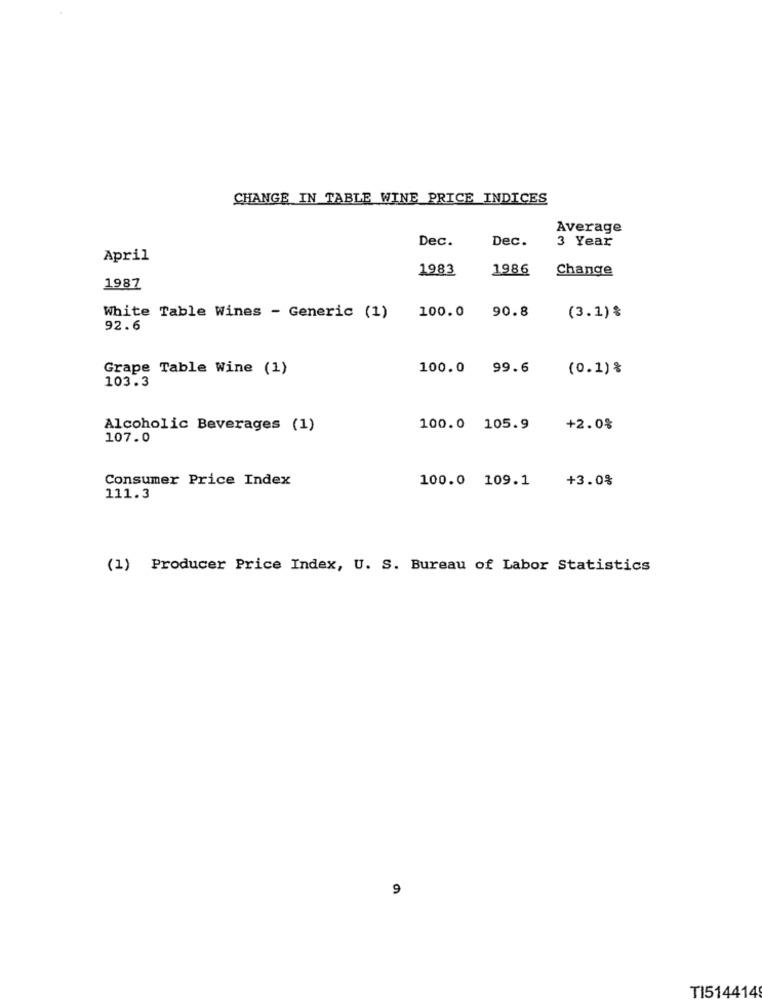
CHANGE IN TABLE WINE PRICE INDICES
Average
Dec.
Dec.
3 Year
April
1983
1986
Change
1987
100.0 90.8
White Table Wines - Generic (1)
(3.1)%
92.6
Grape Table Wine (1)
100.0 99.6
(0.1) %
103.3
Alcoholic Beverages (1)
100.0 105.9
+2.0%
107.0
Consumer Price Index
100.0 109.1
+3.0%
111.3
(1) Producer Price Index, U. S. Bureau of Labor Statistics
9
TI514414